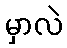
မှာလဲ